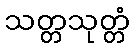
သတ္တသုတ္တံ